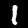
Label: 1